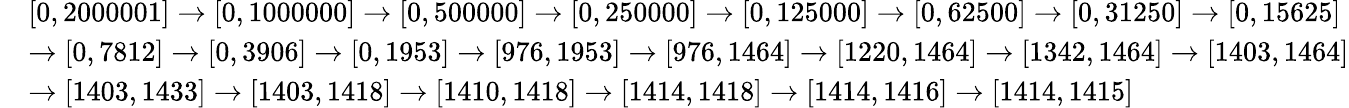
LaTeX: {\begin{array}{rl}&{[0,2000001]\rightarrow[0,1000000]\rightarrow[0,500000]\rightarrow[0,250000]\rightarrow[0,125000]\rightarrow[0,62500]\rightarrow[0,31250]\rightarrow[0,15625]}\\ &{\rightarrow[0,7812]\rightarrow[0,3906]\rightarrow[0,1953]\rightarrow[976,1953]\rightarrow[976,1464]\rightarrow[1220,1464]\rightarrow[1342,1464]\rightarrow[1403,1464]}\\ &{\rightarrow[1403,1433]\rightarrow[1403,1418]\rightarrow[1410,1418]\rightarrow[1414,1418]\rightarrow[1414,1416]\rightarrow[1414,1415]}\end{array}}